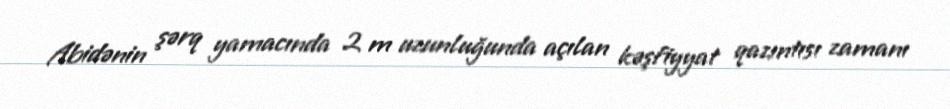
Abidənin şərq yamacında 2 m uzunluğunda açılan kəşfiyyat qazıntısı zamanı